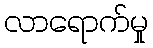
လာရောက်မှု